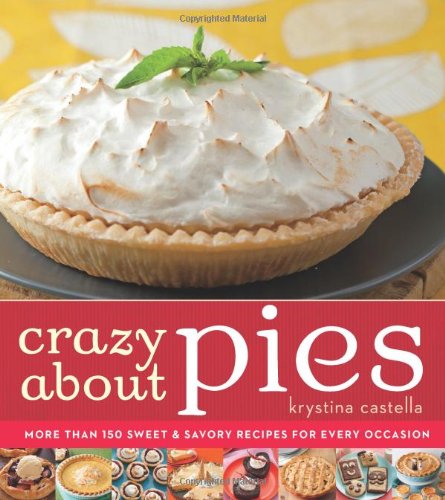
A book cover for Crazy About Pies: More than 150 Sweet & Savory Recipes for Every Occasion; Krystina Castella; Cookbooks, Food & Wine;